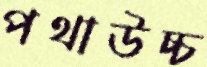
পথাউচ্চ